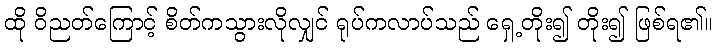
ထို ဝိညတ်ကြောင့် စိတ်ကသွားလိုလျှင် ရုပ်ကလာပ်သည် ရှေ့တိုး၍ တိုး၍ ဖြစ်ရ၏။